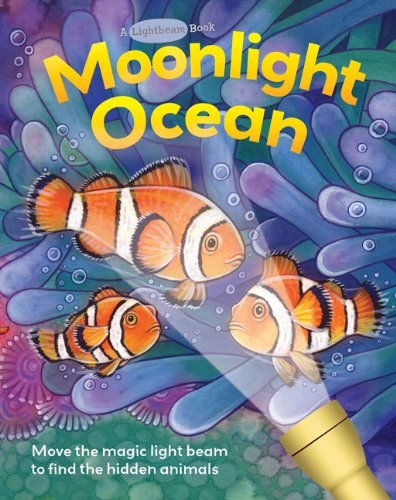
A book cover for Moonlight Ocean (Lightbeam Books); Elizabeth Golding; Children's Books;